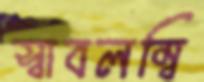
স্বাবলম্বি